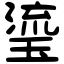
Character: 瑬